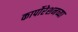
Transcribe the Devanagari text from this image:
कार्पोरेशनच्या